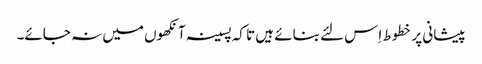
پیشانی پر خطوط اِس لئے بنائے ہیں تا کہ پسینہ آنکھوں میں نہ جائے۔